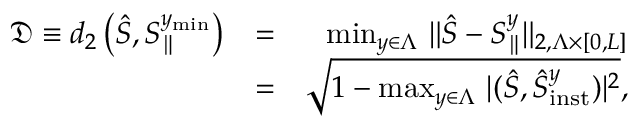
\begin{array} { r l r } { \mathfrak { D } \equiv d _ { 2 } \left( \hat { S } , S _ { \parallel } ^ { y _ { \mathrm { m i n } } } \right) } & { = } & { \operatorname* { m i n } _ { y \in \Lambda } \, \| \hat { S } - S _ { \parallel } ^ { y } \| _ { 2 , \Lambda \times \lbrack 0 , L \rbrack } } \\ & { = } & { \sqrt { 1 - \operatorname* { m a x } _ { y \in \Lambda } \, \vert ( \hat { S } , \hat { S } _ { \mathrm { i n s t } } ^ { y } ) \vert ^ { 2 } } , } \end{array}